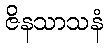
ဇိနသာသနံ